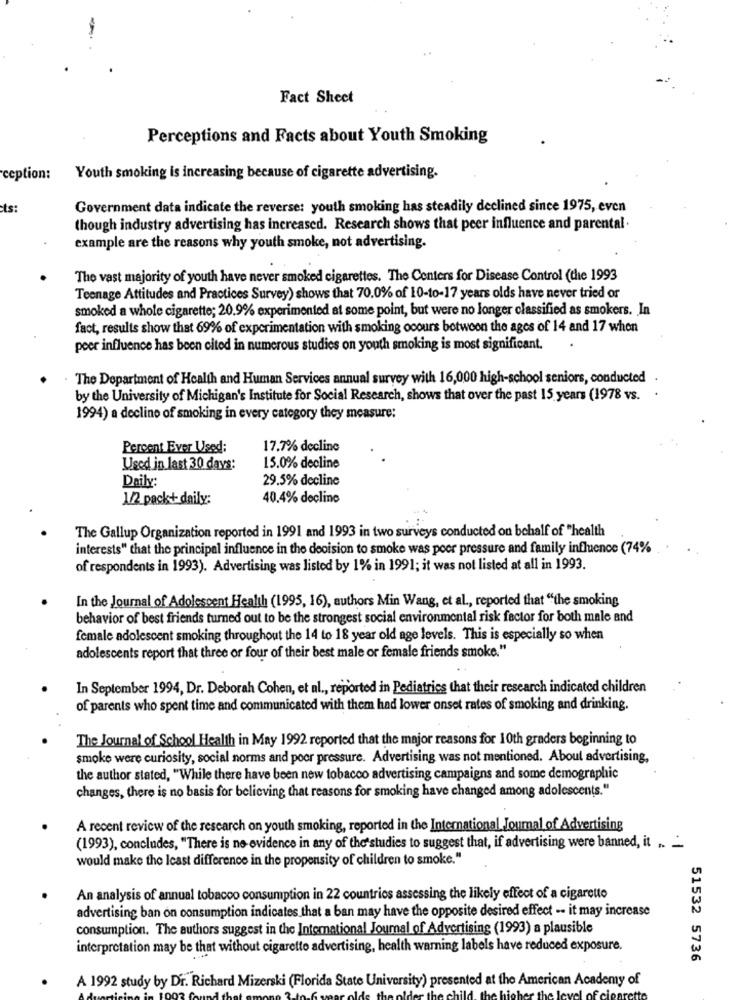
Fact Sheet
Perceptions and Facts about Youth Smoking
ception:
Youth smoking is increasing because of cigarette advertising.
ts:
Government data indicate the reverse: youth smoking has steadily declined since 1975, even
though industry advertising has increased. Research shows that peer influence and parental.
example are the reasons why youth smoke, not advertising.
The vast majority of youth have never smoked cigarettes. The Centers for Disease Control (the 1993
Teenage Attitudes and Practices Survey) shows that 70.0% of 10-to-17 years olds have never tried or
smoked a whole cigarette; 20.9% experimented at some point, but were no longer classified as smokers. In
fact, results show that 69% of experimentation with smoking ocours botwoon the ages of 14 and 17 when
poer influence has been cited in numerous studies on youth smoking is most significant.
. The Department of Health and Human Services annual survey with 16,000 high-school seniors, conducted
by the University of Michigan's Institute for Social Research, shows that over the past 15 years (1978 vs.
1994) a declino of smoking in every category they measure:
Percent Ever Used:
17.7% decline
Used in last 30 days:
15.0% decline
Daily:
29.5% decline
1/2 pack+ daily:
40.4% decline
The Gallup Organization reported in 1991 and 1993 in two surveys conducted on behalf of "health
interests" that the principal influence in the decision to smoke was peer pressure and family influence (74%
of respondents in 1993). Advertising was listed by 1% in 1991; it was not listed at all in 1993.
In the Journal of Adolescent Health (1995, 16), authors Min Wang, et al ., reported that "the smoking
behavior of best friends turned out to be the strongest social environmental risk factor for both male and
female adolescent smoking throughout the 14 to 18 year old age levels. This is especially so when
adolescents report that three or four of their best male or female friends smoke."
In September 1994, Dr. Deborah Cohen, et al ., reported in Pediatrics that their research indicated children
of parents who spent time and communicated with them had lower onset rates of smoking and drinking.
The Journal of School Health in May 1992 reported that the major reasons for 10th graders beginning to
smoke were curiosity, social norms and poor pressure. Advertising was not mentioned. About advertising,
the author stated, "While there have been new tobacco advertising campaigns and some demographic
changes, there is no basis for believing that reasons for smoking have changed among adolescents."
A recent review of the research on youth smoking, reported in the International Journal of Advertising
(1993), concludes, "There is no evidence in any of the studies to suggest that, if advertising were banned, it .. .
would make the Icast difference in the propensity of children to smoke."
An analysis of annual tobacco consumption in 22 countries assessing the likely effect of a cigarette
advertising ban on consumption indicates that a ban may have the opposite desired effect -. it may increase
consumption. The authors suggest in the International Journal of Advertising (1993) a plausible
interpretation may be that without cigarette advertising, health warning labels have reduced exposure.
51532 5736
A 1992 study by Dr. Richard Mizerski (Florida State University) presented at the American Academy of